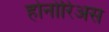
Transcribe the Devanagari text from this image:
होनोरिअस